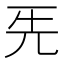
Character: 𠀡